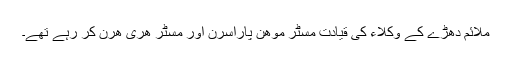
ملائم دھڑے کے وکلاء کی قیادت مسٹر موهن پاراسرن اور مسٹر هری هرن کر رہے تھے۔